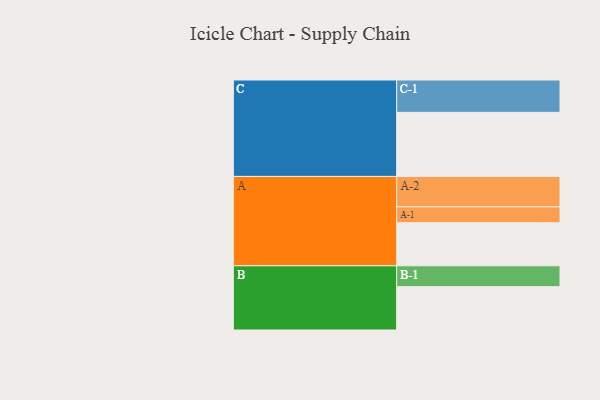
{"axis": {"x": "Segment", "y": "Value"}, "legend": ["", "A", "B", "C"], "data": [{"x": "A", "y": 330, "type": ""}, {"x": "B", "y": 332, "type": ""}, {"x": "C", "y": 491, "type": ""}, {"x": "A-1", "y": 122, "type": "A"}, {"x": "A-2", "y": 233, "type": "A"}, {"x": "B-1", "y": 160, "type": "B"}, {"x": "C-1", "y": 248, "type": "C"}]}